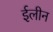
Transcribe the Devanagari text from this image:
ईलीन